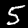
Label: 5